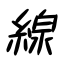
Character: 線